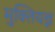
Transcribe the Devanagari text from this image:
मुक्तियज्ञ